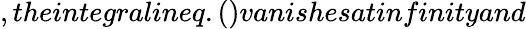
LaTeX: ,theintegralineq.()vanishesatinfinityand